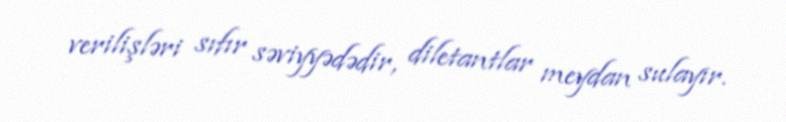
verilişləri sıfır səviyyədədir, diletantlar meydan sulayır.